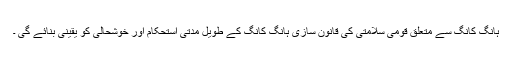
ہانگ کانگ سے متعلق قومی سلامتی کی قانون سازی ہانگ کانگ کے طویل مدتی استحکام اور خوشحالی کو یقینی بنائے گی ۔